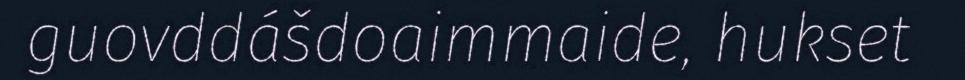
guovddášdoaimmaide, hukset